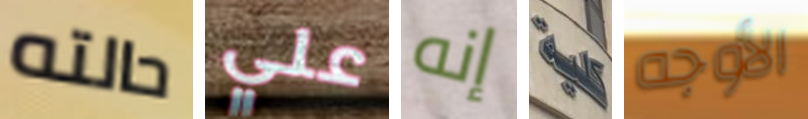
حالته علي إنه كلية الأوجه